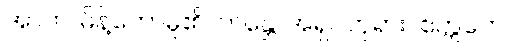
အာဟ၊ မိန့်တော်မူ၏။ ဘန္တေ၊ အရှင်ဘုရား။ ဧတ္တကေ၊